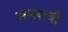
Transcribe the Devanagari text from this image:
समरात्री